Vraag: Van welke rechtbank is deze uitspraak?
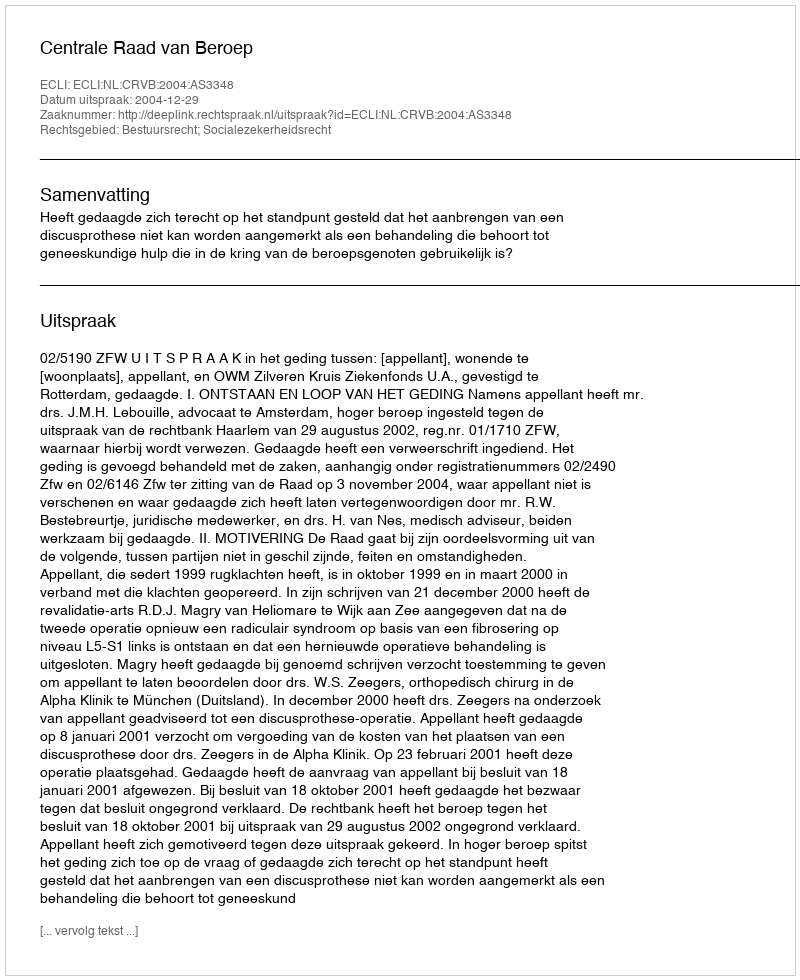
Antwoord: Centrale Raad van Beroep